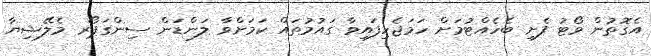
އެގޮތުން ވޯޓު ފެށި ބެހެއްޓުމަށް ހަމަޖެހިފައިވާ ގައުމުތައް ކަމަށްވާ ލަންޑަން ސިންގަޕޯރ މެލޭޝިޔާ